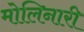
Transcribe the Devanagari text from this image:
मोलिनारी